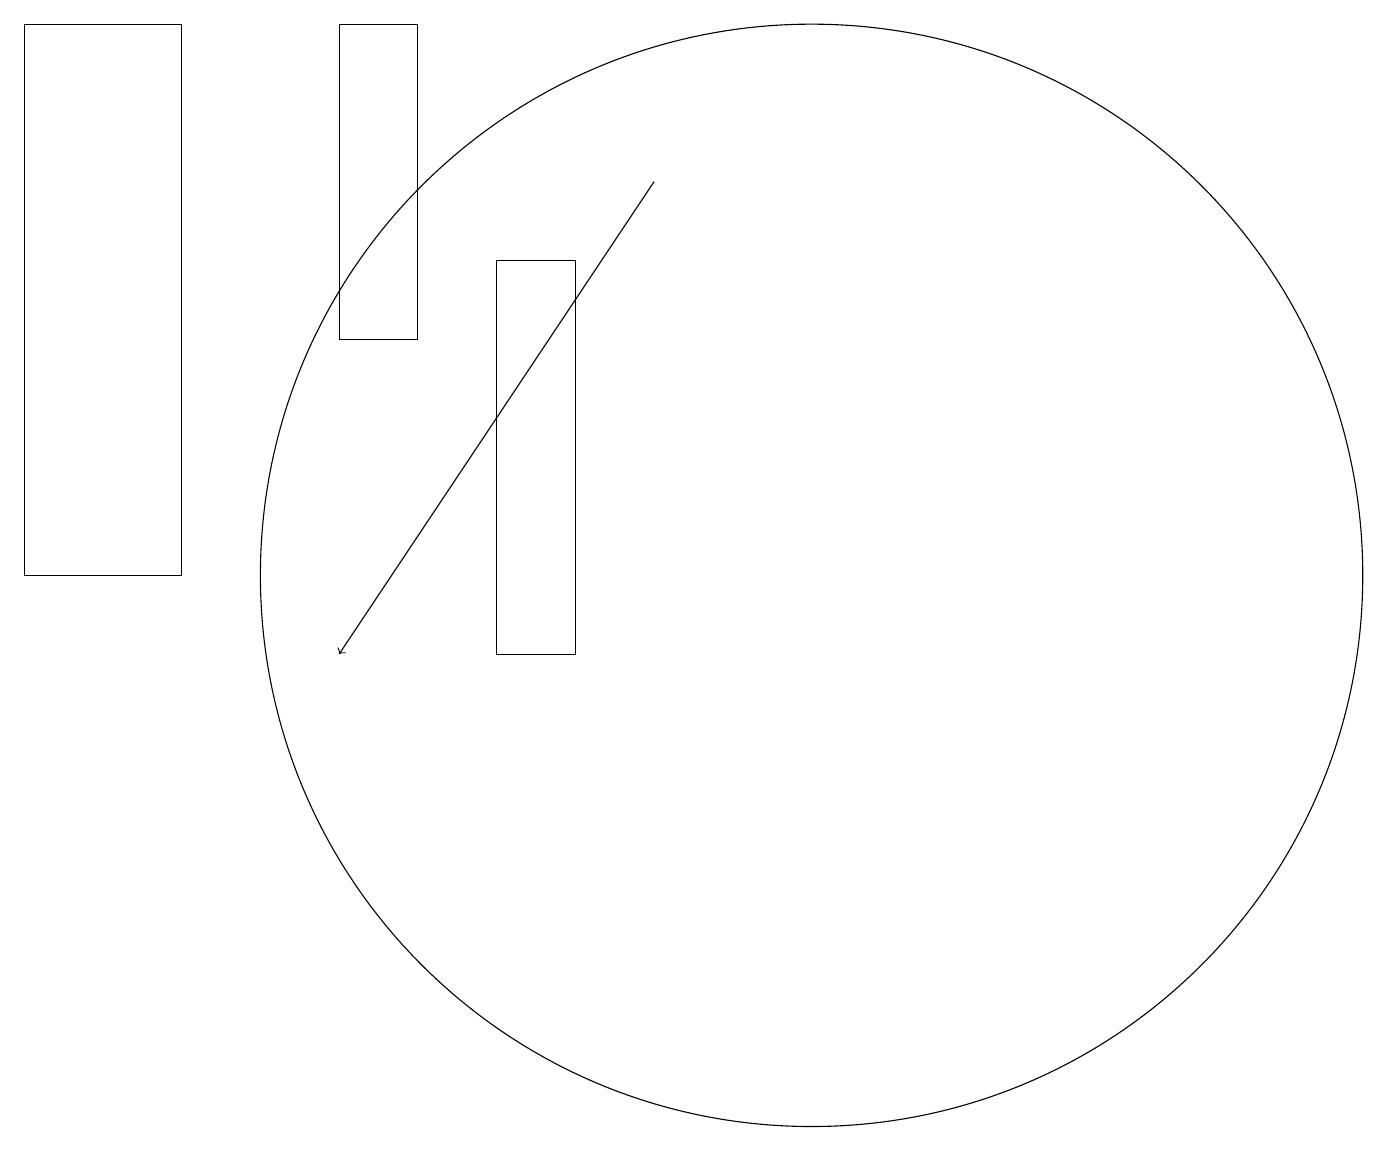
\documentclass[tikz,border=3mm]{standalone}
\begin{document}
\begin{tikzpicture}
\draw (6,18) rectangle (5,14);
\draw (8,10) rectangle (7,15);
\draw[->] (9,16) -- (5,10);
\draw (3,18) rectangle (1,11);
\draw (11,11) circle (7);
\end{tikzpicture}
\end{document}